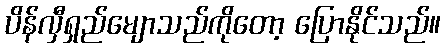
ပိန်လှီရှည်မျောသည်ကိုတော့ ပြောနိုင်သည်။